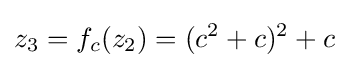
z_{3}=f_{c}(z_{2})=(c^{2}+c)^{2}+c